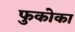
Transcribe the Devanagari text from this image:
फुकोका